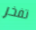
تفخر